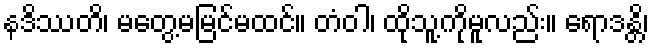
နဒိဿတိ၊ မတွေ့မမြင်မထင်။ တံဝါ၊ ထိုသူ့ကိုမူလည်း။ ရောဒန္တိ၊